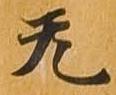
无